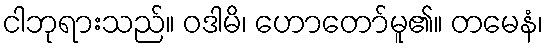
ငါဘုရားသည်။ ဝဒါမိ၊ ဟောတော်မူ၏။ တမေနံ၊